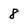
Character: 8